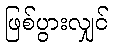
ဖြစ်ပွားလျှင်